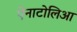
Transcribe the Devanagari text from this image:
ऐनाटोलिआ